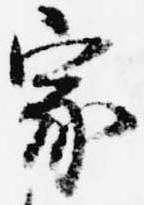
家